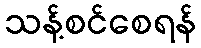
သန့်စင်စေရန်